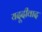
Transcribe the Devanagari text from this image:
यदूदीवाद